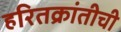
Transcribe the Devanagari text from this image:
हरितक्रांतीची